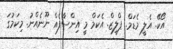
އޯކޭ. އެލީ މެޑަމް. ޕްލީޒް. އެކަމް މީ އިންސާފެއް ނޫނެއްނު. މިކަމުގަ